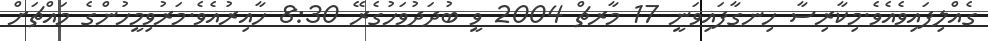
ގެއްލިފައިވެއެވެ.މިކާރިސާ ހިނގާފައިވަނީ 17 މާރޗް 2004 ވީ ބުދަދުވަހުގެރޭ 8:30 ހާއިރުއެވެ.މަރުވިމީހުންގެ މައްޗަށް